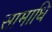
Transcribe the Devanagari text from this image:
सामाधि